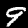
Digit: 9